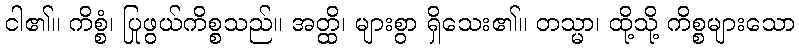
ငါ၏။ ကိစ္စံ၊ ပြုဖွယ်ကိစ္စသည်။ အတ္ထိ၊ များစွာ ရှိသေး၏။ တသ္မာ၊ ထို့သို့ ကိစ္စများသော